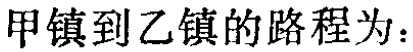
甲镇到乙镇的路程为：